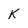
Character: K